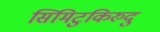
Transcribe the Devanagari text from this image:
सिमिटुकिरुदु